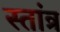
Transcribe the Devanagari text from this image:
स्तांत्र